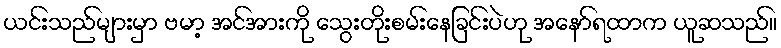
ယင်းသည်များမှာ ဗမာ့ အင်အားကို သွေးတိုးစမ်းနေခြင်းပဲဟု အနော်ရထာက ယူဆသည်။